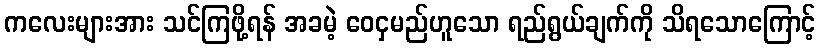
ကလေးများအား သင်ကြဖို့ရန် အခမဲ့ ဝေငှမည်ဟူသော ရည်ရွယ်ချက်ကို သိရသောကြောင့်